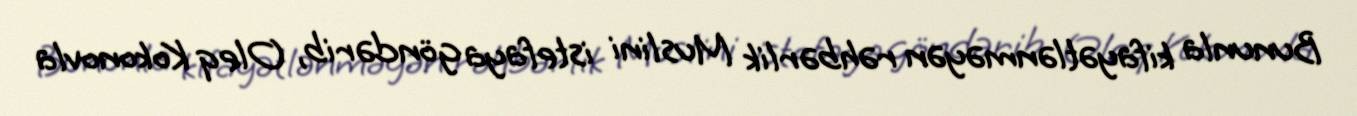
Bununla kifayətlənməyən rəhbərlik Muslini istefaya göndərib, Oleq Kokonovla